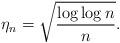
LaTeX: \begin{align*}\eta_n = \sqrt{\frac{\log\log n}{n}}.\end{align*}